Bréfritari: Helga Rannveig Jónsdóttir
Viðtakandi: Jón Borgfirðings Jónsson
Dagsetning: A-18xx-07-28
Skrifað á: Saurbæ  Eyf.

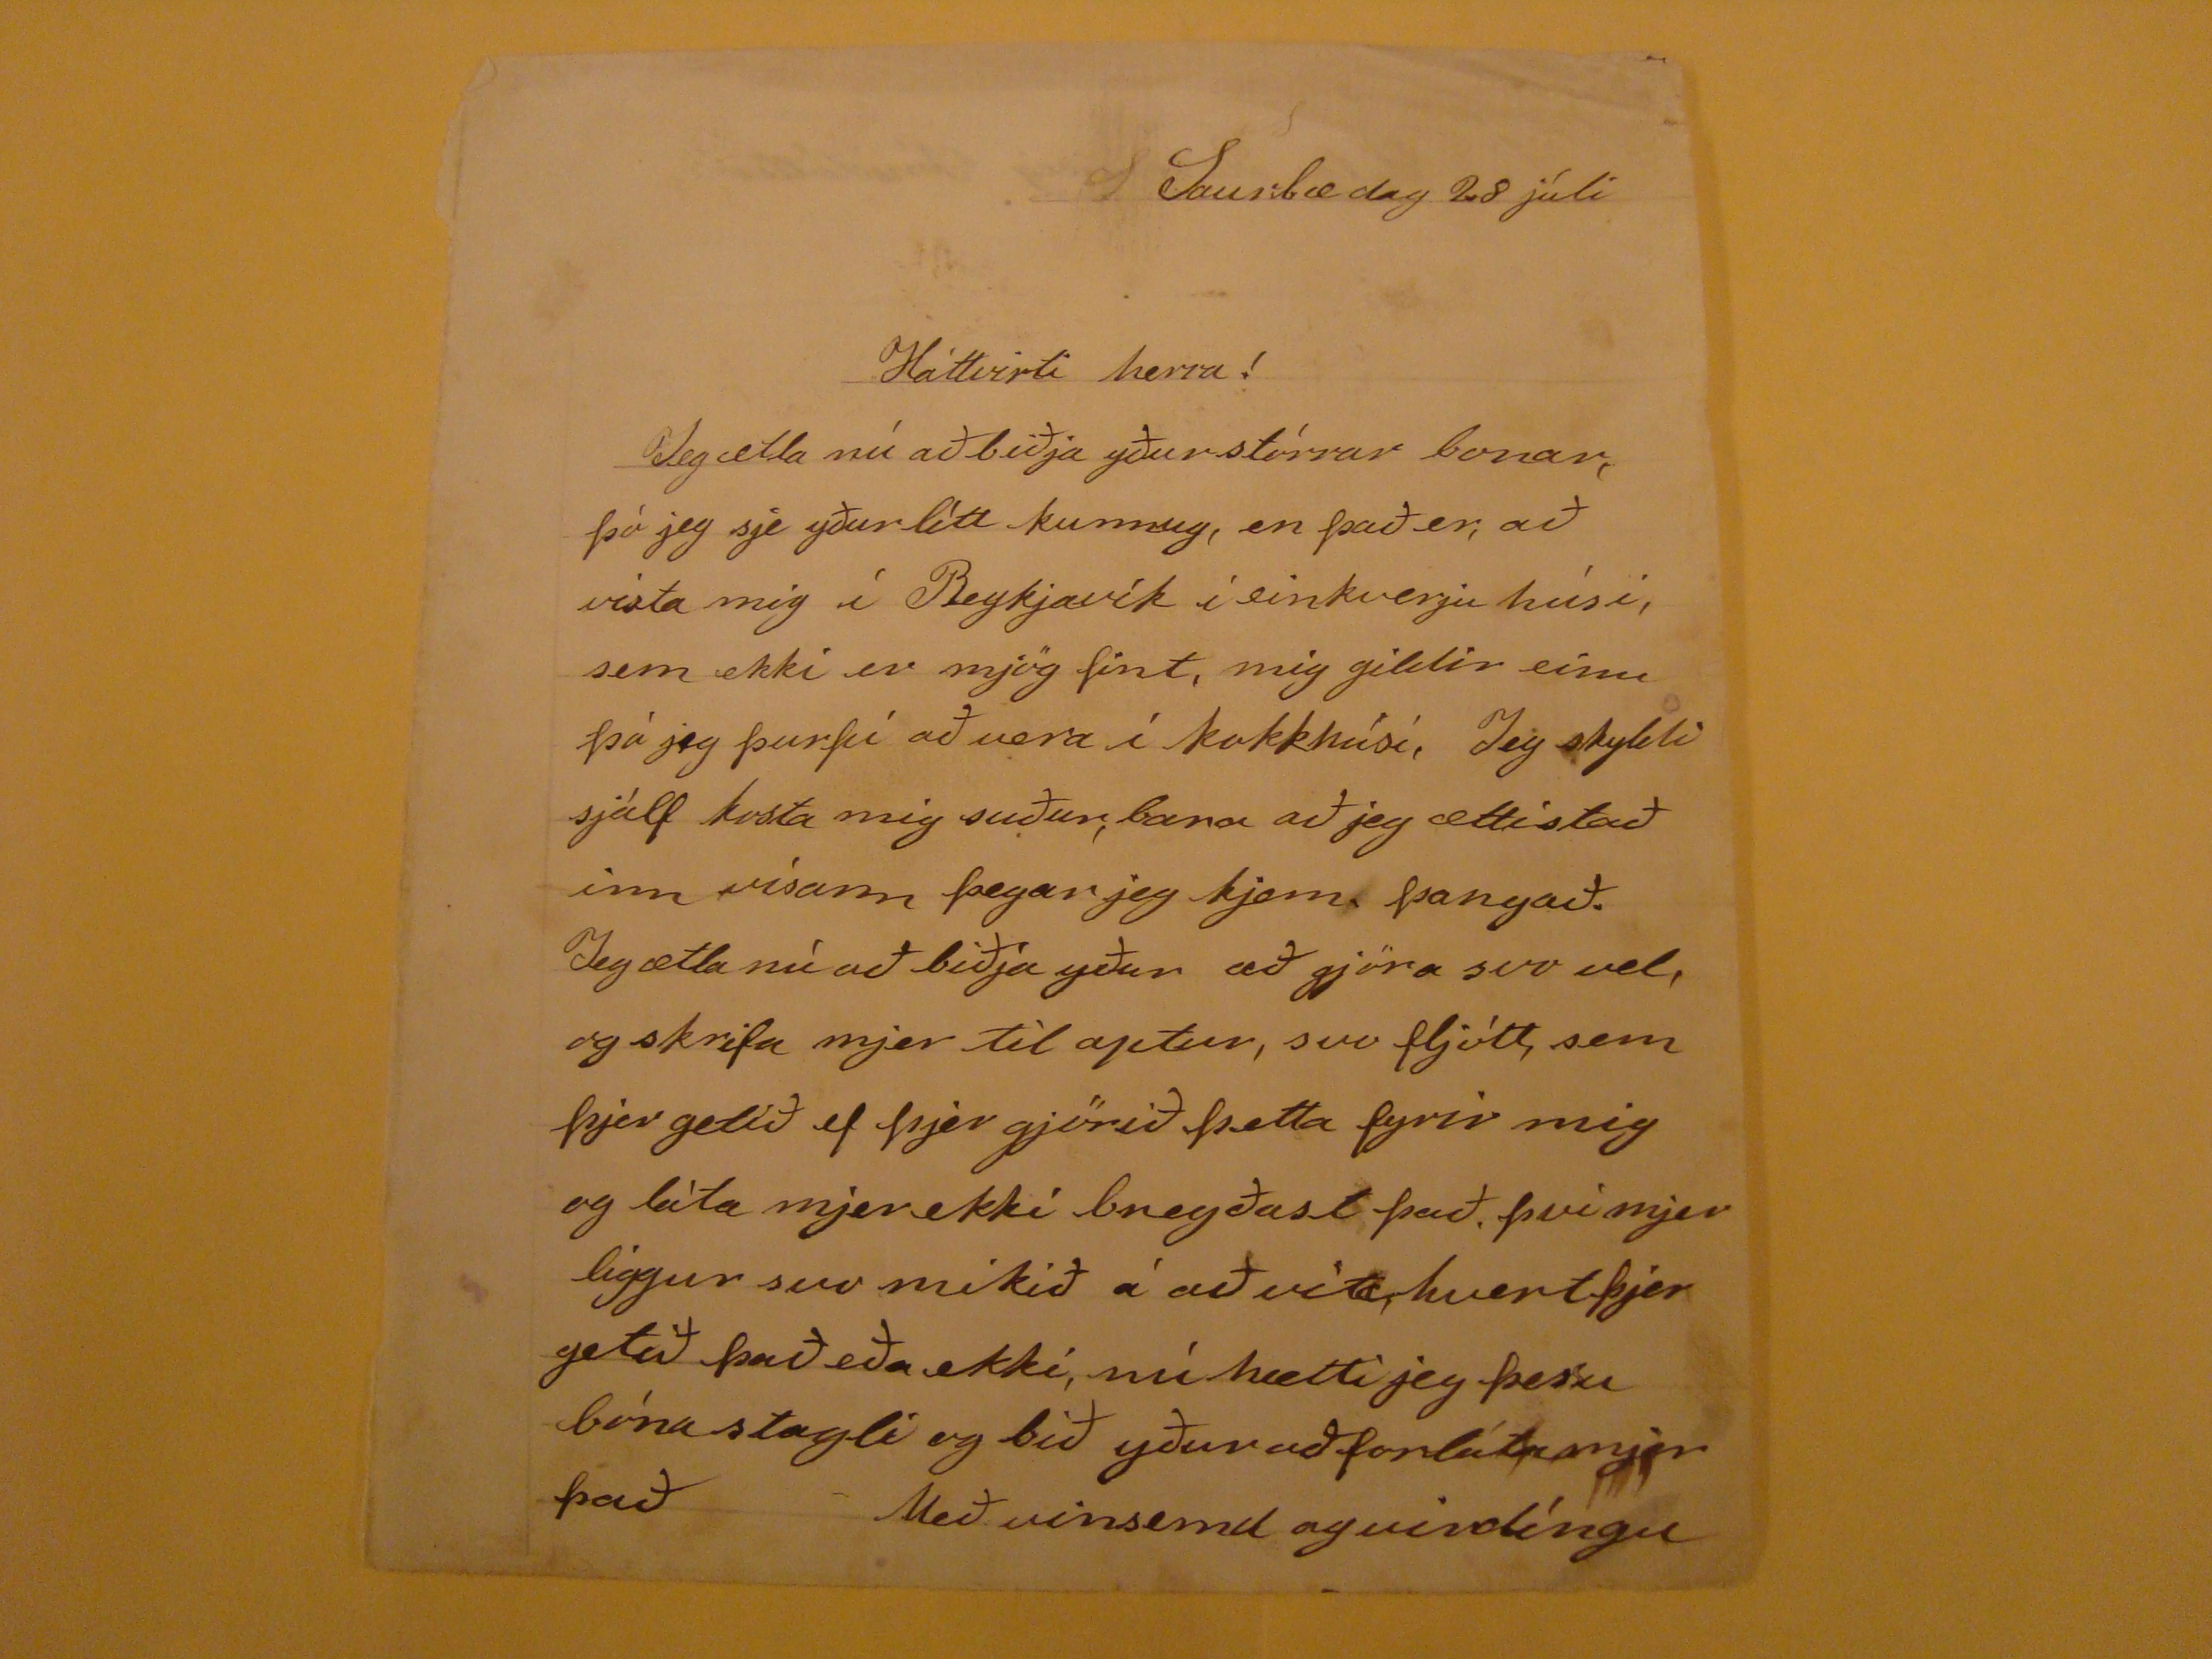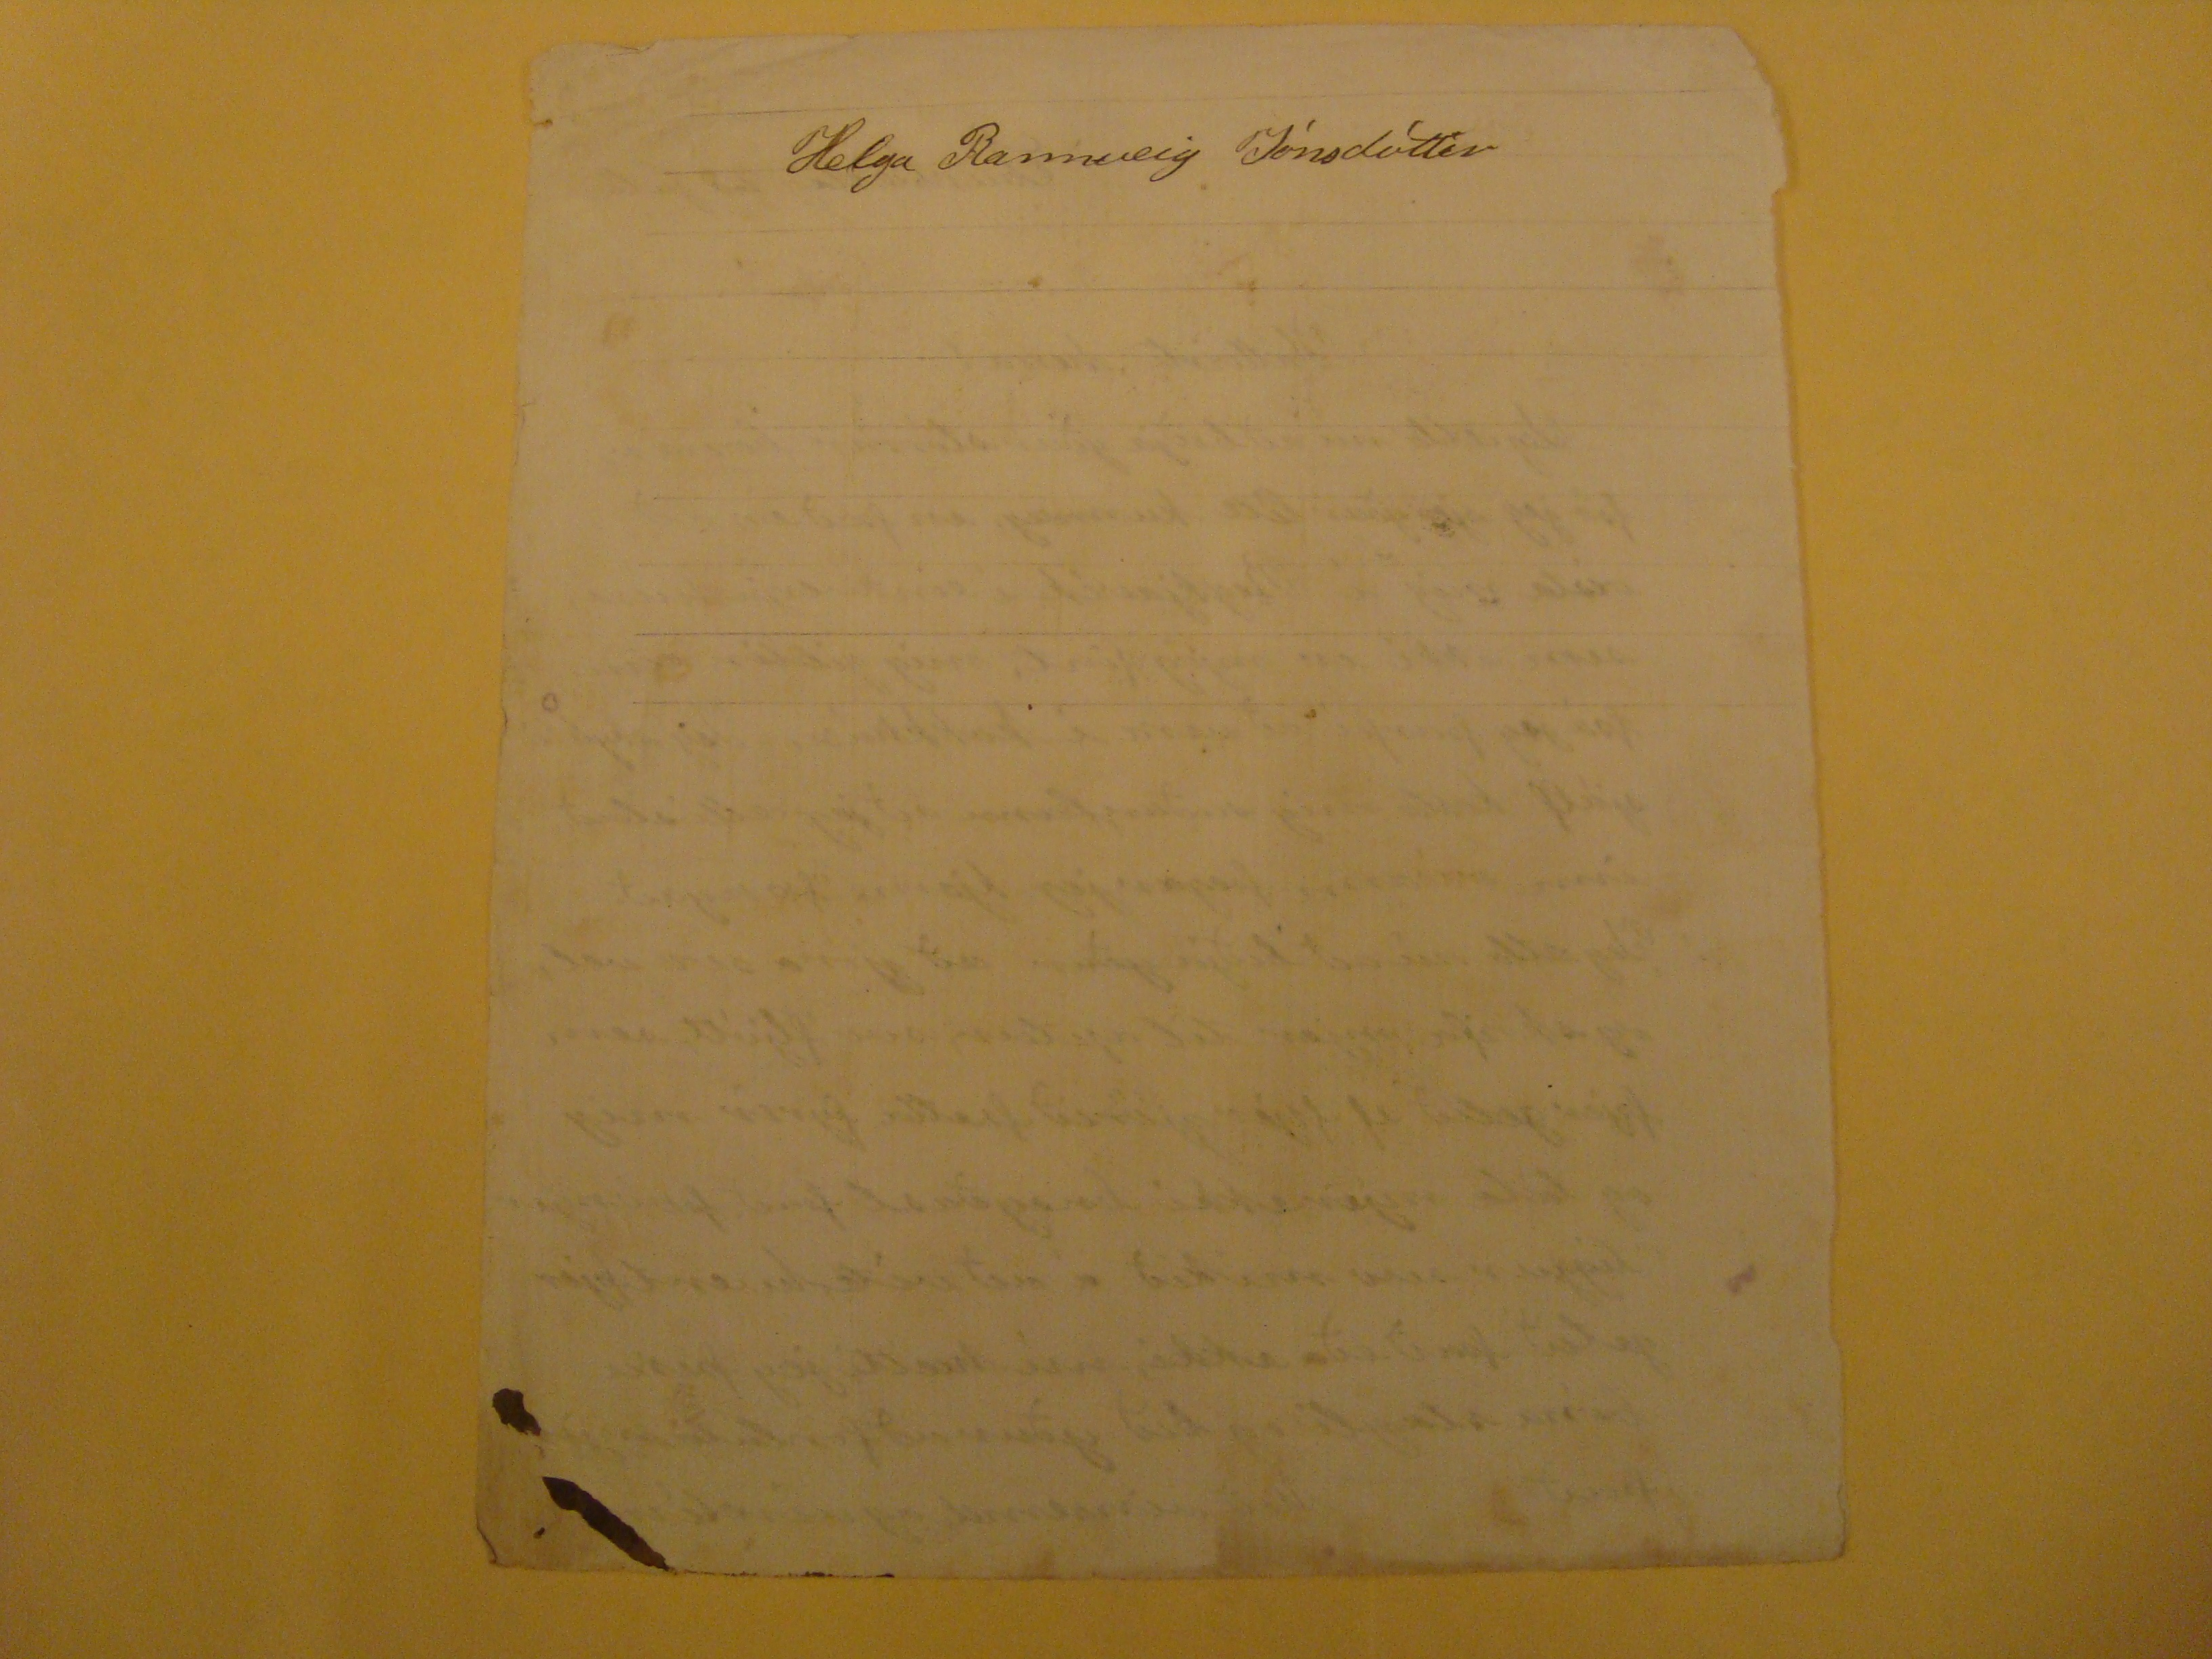

Saurbæ dag 28 júlí
Háttvirti herra!
Jeg ætla nú að biðja yður stórrar bonar, þó jeg sje yður lítt kunnug, en það er, að vista mig í Reykjavík í einkverju húsi, sem ekki er mjög fínt, mig gildir einu þá jeg þurfi að vera í kakkhúsi, Jeg skyldi sjálf kosta mig suður, bara að jeg ætti stað inn vísann þegar jeg kjem þangað. Jeg ætla nú að biðja yður að gjöra svo vel, og skrifa mjer til aptur, svo fljótt, sem þjer getið ef þjer gjörið þetta fyrir mig og láta mjer ekki bregðast það. því mjer liggur svo mikið á að vita, hvert þjer getið það eða ekki, nú hætti jeg þessu bóna stagli og bið yður að forláta mjer það
Með vinsemd og virdíngu
Helga Rannveig Jónsdóttir